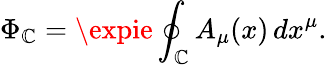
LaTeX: \Phi_{\mathbb{C}}=\expie\oint_{\mathbb{C}}A_{\mu}(x)\, dx^{\mu}.